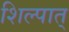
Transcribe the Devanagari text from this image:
शिल्पात्